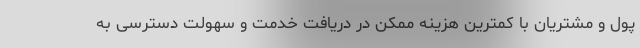
پول و مشتریان با کمترین هزینه ممکن در دریافت خدمت و سهولت دسترسی به